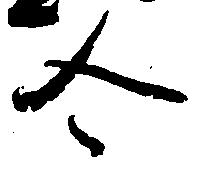
合